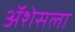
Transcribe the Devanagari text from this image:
ॲशेसला